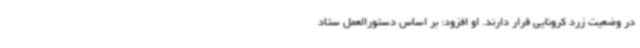
در وضعیت زرد کرونایی قرار دارند. او افزود: بر اساس دستورالعمل ستاد